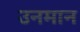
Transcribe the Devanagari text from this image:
उनमान